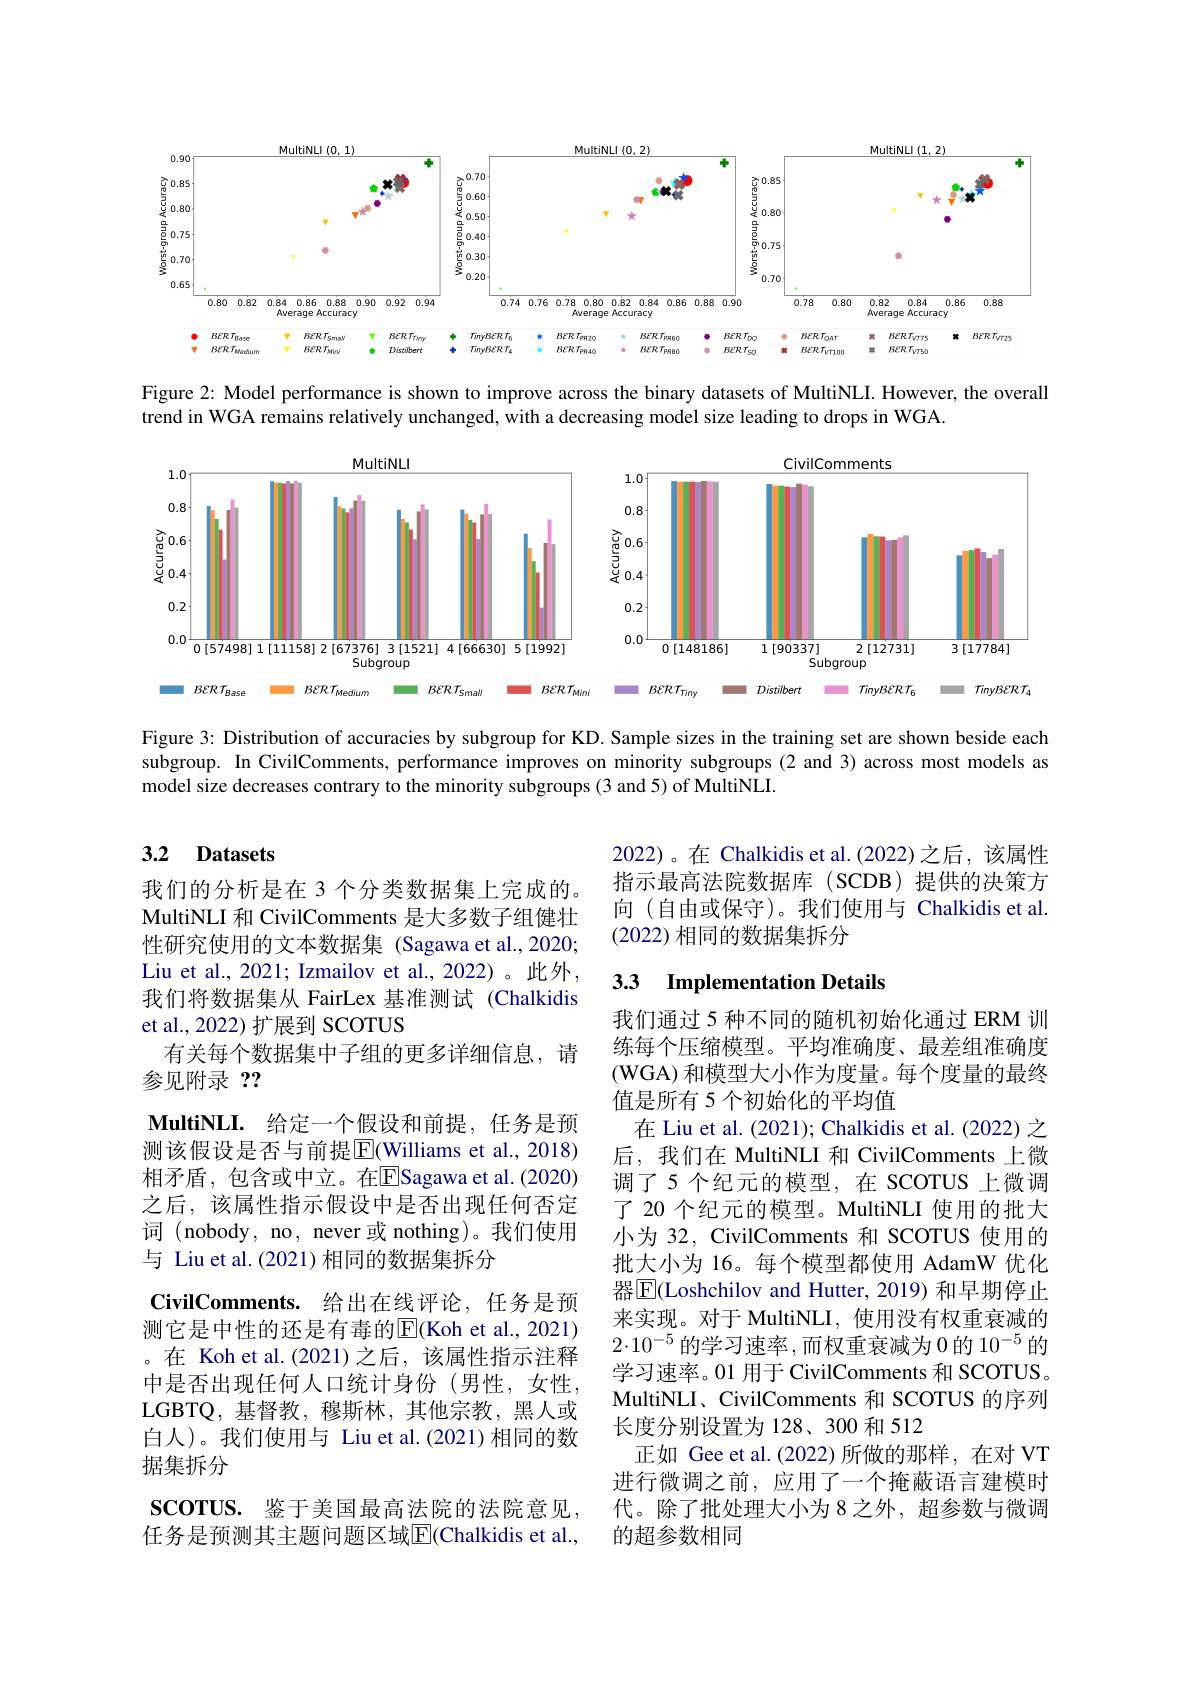
<FigureHere>

Figure 2: Model performance is shown to improve across the binary datasets of MultiNLI. However, the overall
trend in WGA remains relatively unchanged, with a decreasing model size leading to drops in WGA.

<FigureHere>

Figure 3: Distribution of accuracies by subgroup for KD. Sample sizes in the training set are shown beside each subgroup. In CivilComments, performance improves on minority subgroups (2 and 3) across most models as model size decreases contrary to the minority subgroups (3 and 5) of MultiNLI.

### 3.2 Datasets

2022)。在 Chalkidis et al.(2022)之后，该属性指示最高法院数据库(SCDB)提供的决策方向 (自由或保守)。我们使用与 Chalkidis et al. (2022) 相同的数据集拆分

## 3.3 $\textbf{Implementation Details}$

我们的分析是在 3 个分类数据集上完成的。MultiNLI 和 CivilComments 是大多数子组健壮性研究使用的文本数据集 (Sagawa et al.,2020; Liu et al., 2021; Izmailov et al., 2022)。此外， 我们将数据集从 FairLex 基准测试(Chalkidis et al.,2022)扩展到 SCOTUS
有关每个数据集中子组的更多详细信息，请
参见附录？?
$\textbf{MultiNLI. 给 定 一 个 假 设 和 前 提 , 任 务 是 预 }$ 测该假设是否与前提$\overline{\mathrm{E}}($Williams et al., 2018) 相矛盾，包含或中立。在$\overline{\mathrm{E}}$Sagawa et al.(2020) 之后，该属性指示假设中是否出现任何否定词 (nobody, no, never 或 nothing)。我们使用与 Liu et al.(2021) 相同的数据集拆分
CivilComments. 给出在线评论，任务是预测它是中性的还是有毒的$\overline{\mathrm{E}}($Koh et al., 2021) 。在 Koh et al.(2021)之后，该属性指示注释中是否出现任何人口统计身份(男性，女性LGBTQ,基督教，穆斯林，其他宗教，黑人或白人)。我们使用与 Liu et al.(2021)相同的数据集拆分
scorus. 鉴于美国最高法院的法院意见， 任务是预测其主题问题区域$\overline{\mathrm{E}}($Chalkidis et al.,

我们通过 5 种不同的随机初始化通过 ERM 训练每个压缩模型。平均准确度、最差组准确度(WGA) 和模型大小作为度量。每个度量的最终值是所有 5 个初始化的平均值
在 Liu et al. (2021); Chalkidis et al. (2022) 之后，我们在 MultiNLI 和 CivilComments 上微调了5个纪元的模型，在 SCOTUS 上微调了 20 个纪元的模型。MultiNLI 使用的批大小为 32, CivilComments 和 SCOTUS 使用的批大小为 16。每个模型都使用 AdamW 优化器$\overline{\mathrm{E}}$(Loshchilov and Hutter, 2019) 和早期停止来实现。对于 MultiNLI, 使用没有权重衰减的$2\cdot10^{-5}$的学习速率，而权重衰减为0 的 $10^-5$ 的学习速率。01 用于 CivilComments 和 SCOTUS。MultiNLI、CivilComments 和 SCOTUS 的序列长度分别设置为 128、300 和 512
正如 Gee et al.(2022)所做的那样，在对 VT 进行微调之前，应用了一个掩蔽语言建模时代。除了批处理大小为 8 之外，超参数与微调的超参数相同